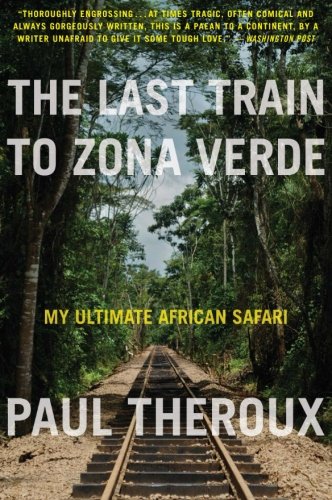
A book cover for The Last Train to Zona Verde; Paul Theroux; Travel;